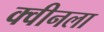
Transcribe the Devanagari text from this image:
क्वीनला